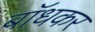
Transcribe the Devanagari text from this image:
बाॅधकर